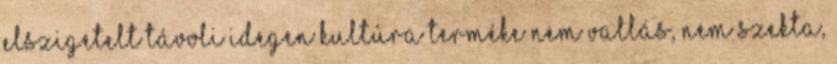
elszigetelt távoli idegen kultúra terméke Nem vallás, nem szekta,